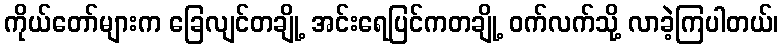
ကိုယ်တော်များက ခြေလျင်တချို့ အင်းရေပြင်ကတချို့ ဝက်လက်သို့ လာခဲ့ကြပါတယ်၊